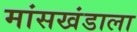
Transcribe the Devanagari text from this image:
मांसखंडाला